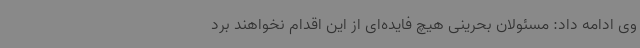
وی ادامه داد: مسئولان بحرینی هیچ فایده‌ای از این اقدام نخواهند برد